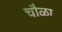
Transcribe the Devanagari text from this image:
चौळा